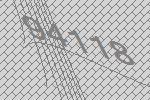
94118